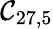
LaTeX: \mathcal{C}_{27,5}